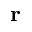
\mathbf { r }